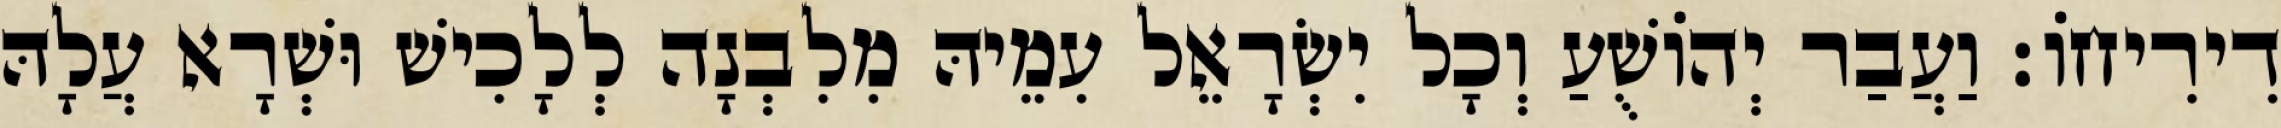
דִירִיחוֹ׃ וַעֲבַר יְהוֹשֻׁעַ וְכָל יִשְׂרָאֵל עִמֵיהּ מִלִבְנָה לְלָכִישׁ וּשְׁרָא עֲלָהּ